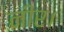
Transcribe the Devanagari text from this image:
नीर।